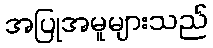
အပြုအမူများသည်